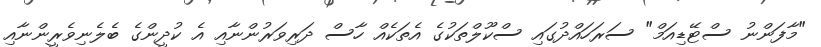
"މާފަންނު ސްޓޭޑިއަމް" ސަރަހައްދުގައި ސްކޫލްތަކުގެ އެތަކެއް ހާސް ދަރިވަރުންނާއި އެ ކުދީންގެ ބެލެނިވެރީންނާއި